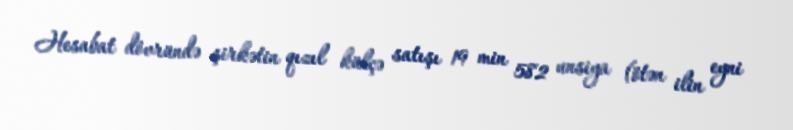
Hesabat dövründə şirkətin qızıl külçə satışı 19 min 582 unsiya (ötən ilin eyni